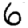
Digit: 6